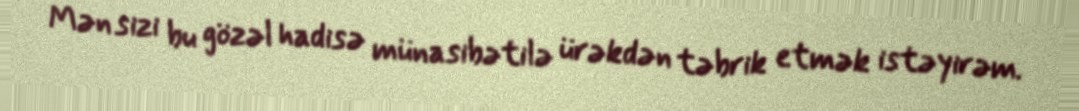
Mən sizi bu gözəl hadisə münasibətilə ürəkdən təbrik etmək istəyirəm.